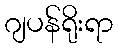
ဂျပန်ရိုးရာ